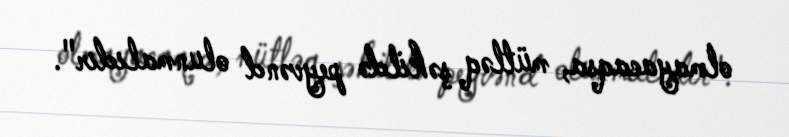
olmayacaqsa, mütləq şəkildə peyvənd olunmalıdır".